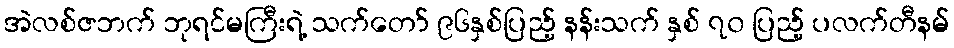
အဲလစ်ဇဘက် ဘုရင်မကြီးရဲ့ သက်တော် ၉၆နှစ်ပြည့် နန်းသက် နှစ် ၇၀ ပြည့် ပလက်တီနမ်